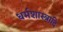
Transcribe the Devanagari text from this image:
धर्मशास्त्रादि